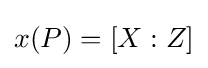
x(P)=[X:Z]